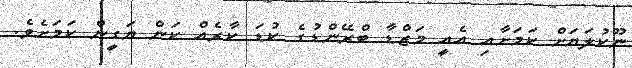
ނޫކުލަޔަށް ކަމަށާއި އެއީ މަޒްޑާ ބްރޭންޑުގެ ކުޑަ ކާރެއް ކަން ޔަގީން ކަމަށެވެ.